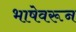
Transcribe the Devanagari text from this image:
भाषेवरून